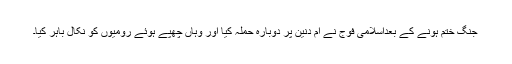
جنگ ختم ہونے کے بعداسلامی فوج نے ام دنین پر دوبارہ حملہ کیا اور وہاں چھپے ہوئے رومیوں کو نکال باہر کیا۔